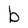
Character: b